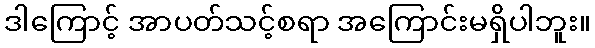
ဒါကြောင့် အာပတ်သင့်စရာ အကြောင်းမရှိပါဘူး။